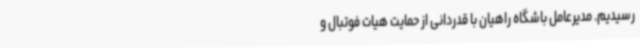
رسیدیم. مدیرعامل باشگاه راهیان با قدردانی از حمایت هیات فوتبال و